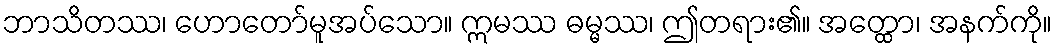
ဘာသိတဿ၊ ဟောတော်မူအပ်သော။ ဣမဿ ဓမ္မဿ၊ ဤတရား၏။ အတ္ထော၊ အနက်ကို။